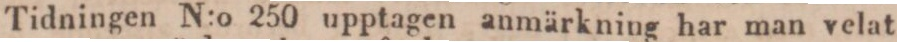
Tidningen N:o 250 upptagen anmärkning har man velat